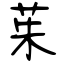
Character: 茱